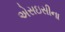
એસઇસીના